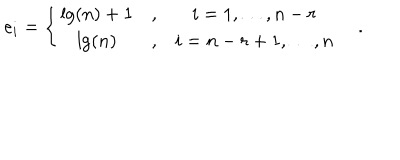
LaTeX: e _ { i } = \left\{ \begin{array} { c c c } { { \lg \left( n \right) + 1 } } & { { , } } & { { i = 1 , \ldots , n - r } } \\ { { \lg \left( n \right) } } & { { , } } & { { i = n - r + 1 , \ldots , n } } \\ \end{array} \right. \quad .